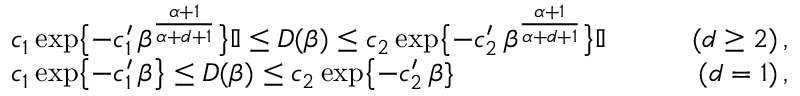
\begin{array} { r l r } & { c _ { 1 } \exp \bigl \{ - c _ { 1 } ^ { \prime } \, \beta ^ { \frac { \alpha + 1 } { \alpha + d + 1 } } \bigr \} \mathbb { I } \leq D ( \beta ) \leq c _ { 2 } \exp \bigl \{ - c _ { 2 } ^ { \prime } \, \beta ^ { \frac { \alpha + 1 } { \alpha + d + 1 } } \bigr \} \mathbb { I } \qquad } & { ( d \geq 2 ) \, , } \\ & { c _ { 1 } \exp \bigl \{ - c _ { 1 } ^ { \prime } \, \beta \bigr \} \leq D ( \beta ) \leq c _ { 2 } \exp \bigl \{ - c _ { 2 } ^ { \prime } \, \beta \} \qquad } & { ( d = 1 ) \, , } \end{array}